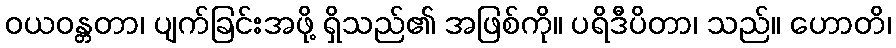
ဝယဝန္တတာ၊ ပျက်ခြင်းအဖို့ ရှိသည်၏ အဖြစ်ကို။ ပရိဒီပိတာ၊ သည်။ ဟောတိ၊